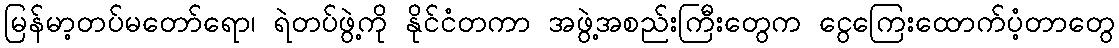
မြန်မာ့တပ်မတော်ရော၊ ရဲတပ်ဖွဲ့ကို နိုင်ငံတကာ အဖွဲ့အစည်းကြီးတွေက ငွေကြေးထောက်ပံ့တာတွေ